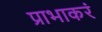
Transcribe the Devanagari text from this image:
प्राभाकरं